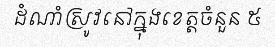
ដំណាំស្រូវនៅក្នុងខេត្តចំនួន ៥